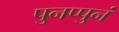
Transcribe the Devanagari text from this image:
पुनप्पुनं